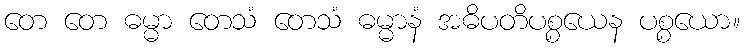
တေ တေ ဓမ္မာ တေသံ တေသံ ဓမ္မာနံ အဓိပတိပစ္စယေန ပစ္စယော။